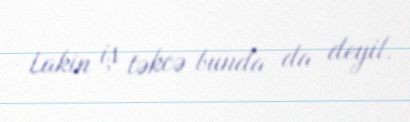
Lakin iş təkcə bunda da deyil.